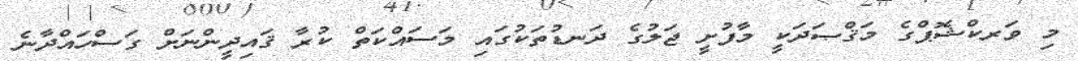
މި ވަރކްޝޮޕްގެ މަޤްޞަދަކީ މާފުށީ ޖަލުގެ ދަނޑުތަކުގައި މަސައްކަތް ކުރާ ޤައިދީންނަށް ގަސްހައްދާނެ